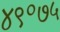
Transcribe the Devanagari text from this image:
४९॰७५